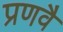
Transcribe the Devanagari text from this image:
प्रणवै